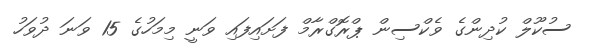
ސުކޫލް ކުދިންގެ ވެކްސިން ޕްރޮގްރާމް ފަށައިފައި ވަނީ މިމަހުގެ 15 ވަނަ ދުވަހު